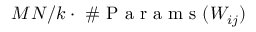
M N / k \cdot \mathrm { ~ \# ~ P ~ a ~ r ~ a ~ m ~ s ~ } ( W _ { i j } )